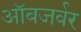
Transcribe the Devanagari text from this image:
ऑबजर्वर